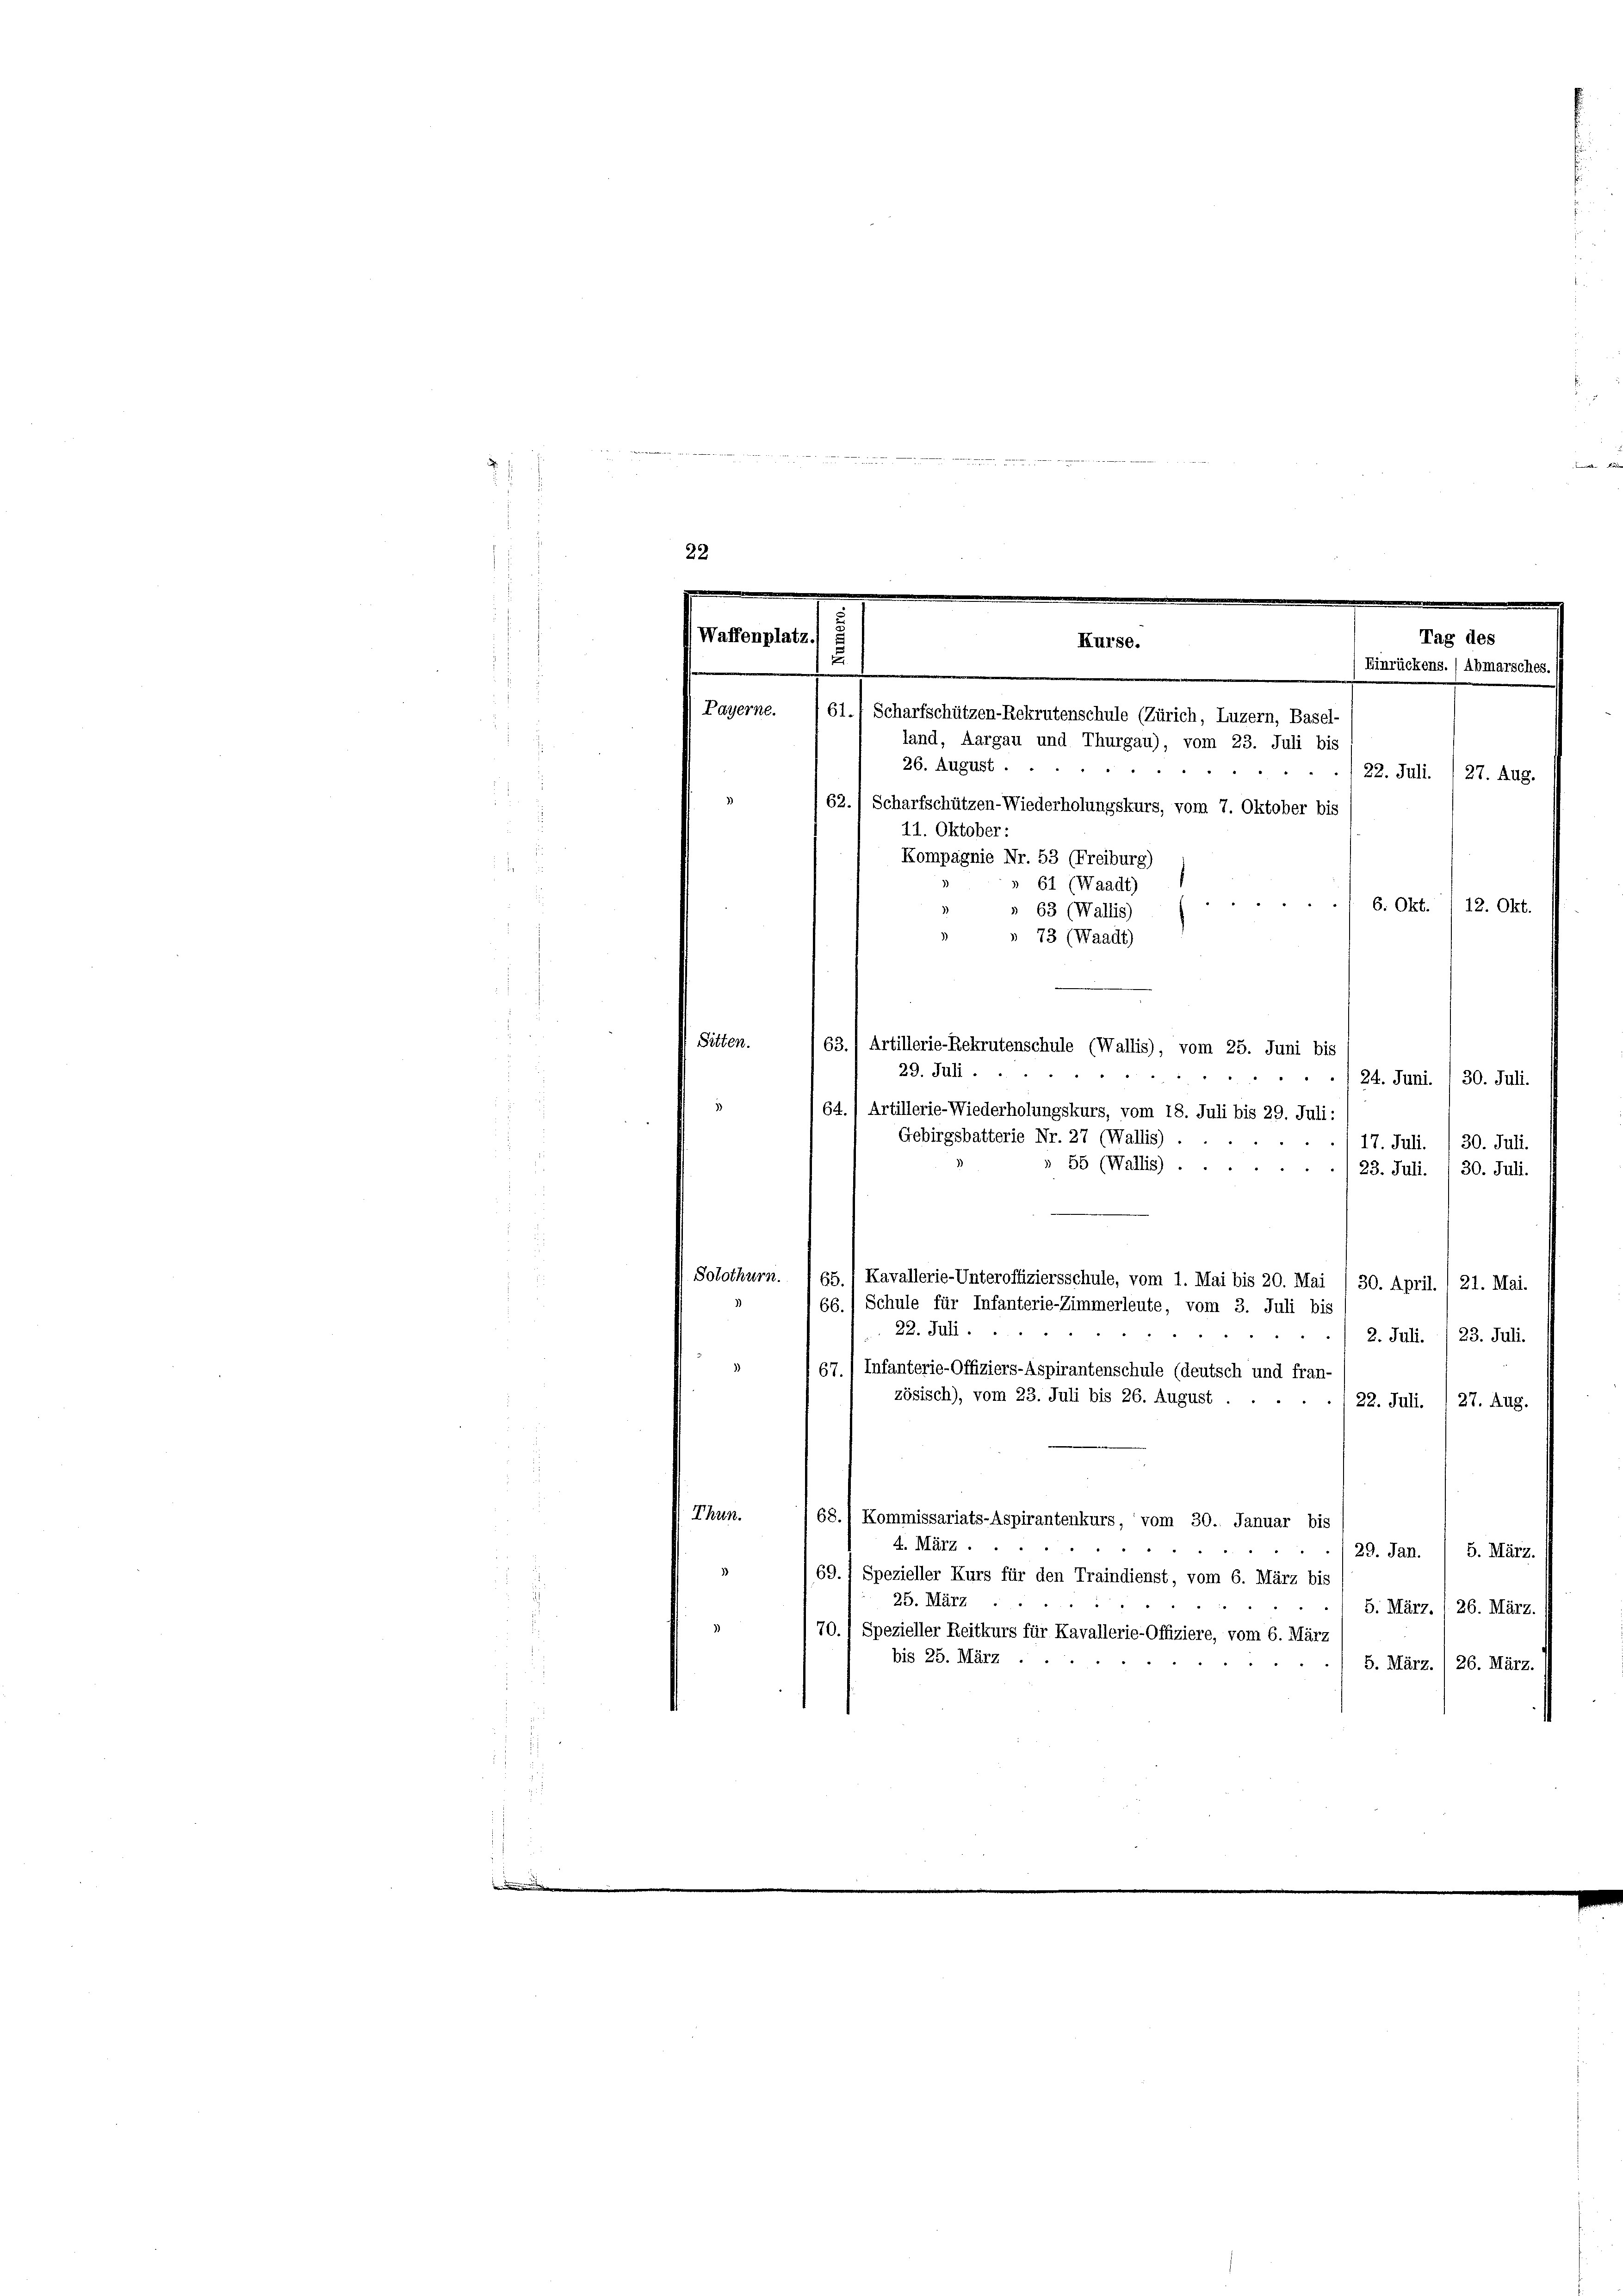
in

22

e
 Waffenplatz
Tag des
Kurse.
u
Einrückens. (Abmarsches.
.

Payerne.
61.) Scharfschützen-Rekrutenschule (Zürich, Luzern, Basel-
land, Aargau und Thurgau), vom 23. Juli bis
26. August . .

22. Juli. (27. Aug.
62.) Scharfschützen-Wiederholungskurs, vom 7. Oktober bis
11. Oktober:
Kompagnie Nr. 53 (Freiburg)
61 (Waadt)
6. Okt./12. Okt.
 63 (Wallis)
 73 (Waadt)
Sitten.
63.) Artillerie-Rekrutenschule (Wallis), vom 25. Juni bis
29. Juli.
1
 24. Juni. 130. Juli.
64.) Artillerie-Wiederholungskurs, vom 18. Juli bis 29. Juli:
Gebirgsbatterie Nr. 27 (Wallis).
30. Juli.
17. Juli.
55 (Wallis).
8
23. Juli. / 30. Juli.
Solothurn. 65. / Kavallerie-Unteroffiziersschule, vom 1. Mai bis 20. Mai / 30. April. / 21. Mai.
 66. 1 Schule für Infanterie-Zimmerleute, vom 3. Juli bis
22. Juli.
e
2. Juli. 1 23. Juli.
167.) Infanterie-Offiziers-Aspirantenschule (deutsch und fran-
zösisch), vom 23. Juli bis 26. August.
22. Juli. (27. Aug.
Thun.
68.) Kommissariats-Aspirantenkurs, vom 30. Januar bis
4. März.
/29. Jan. / 5. März.
69. 1 Spezieller Kurs für den Traindienst, vom 6. März bis
25. März
5. März. I 26. März
70.) Spezieller Reitkurs für Kavallerie-Offiziere, vom 6. März
bis 25. März.
5. März. I 26. März.